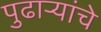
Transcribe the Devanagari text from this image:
पुढाऱ्यांचे